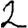
Digit: 2